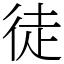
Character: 徒